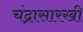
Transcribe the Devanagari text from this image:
चंद्रासारखी